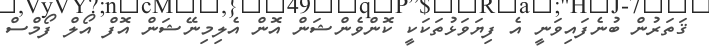
ޤަތަރުން ބުނެފައިވަނީ އެ ފިޔަވަޅުތަކަކީ ކޮންވެންޝަން އޮން އެލިމިނޭޝަން އޮފް އޯލް ފޯމްސް